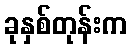
ခုနှစ်တုန်းက